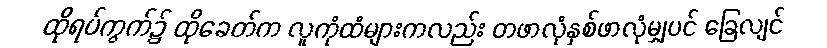
ထိုရပ်ကွက်၌ ထိုခေတ်က လူကုံထံများကလည်း တဖာလုံနှစ်ဖာလုံမျှပင် ခြေလျင်